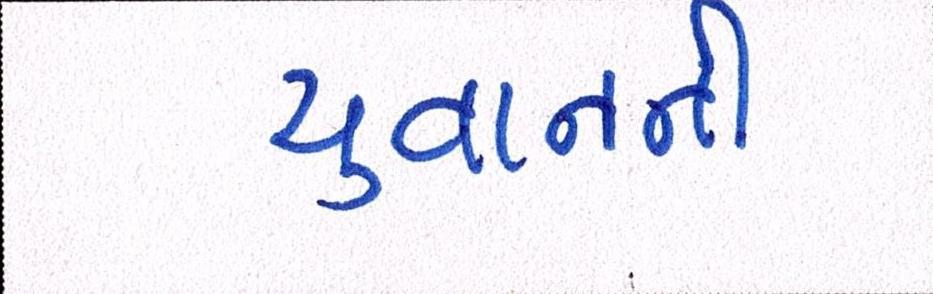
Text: યુવાનની